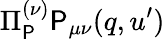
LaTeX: \Pi_{\mathsf{P}}^{(\nu)}\mathsf{P}_{\mu\nu}(q,u^{\prime})